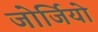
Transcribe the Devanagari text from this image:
जोर्जियो